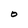
Character: O